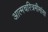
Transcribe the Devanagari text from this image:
अात्मचरित्रमीमांसा